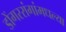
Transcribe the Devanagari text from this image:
डोंगररांगांमधल्या